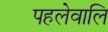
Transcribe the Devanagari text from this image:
पहलेवालि